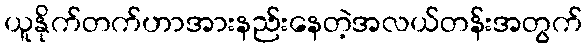
ယူနိုက်တက်ဟာအားနည်းနေတဲ့အလယ်တန်းအတွက်